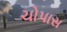
ચોપાસ